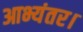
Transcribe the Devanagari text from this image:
आभ्यंतर।